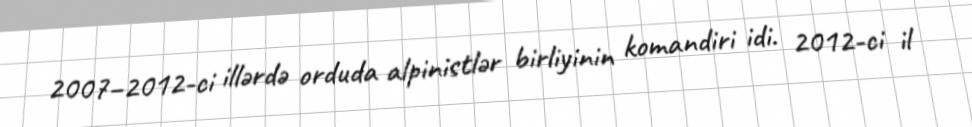
2007–2012-ci illərdə orduda alpinistlər birliyinin komandiri idi. 2012-ci il